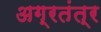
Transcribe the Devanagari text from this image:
अग्रतंत्र